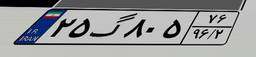
۵۶گ۵۶۵۱۵